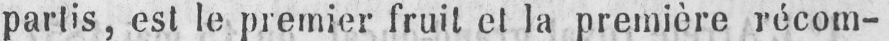
partis, est le premier fruit et la première récom-